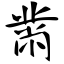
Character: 黹